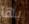
بها